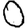
Digit: 0